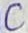
Text: C